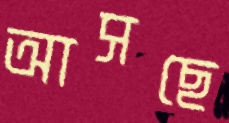
আসছে